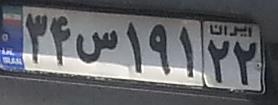
۳۴س۱۹۱۲۲